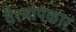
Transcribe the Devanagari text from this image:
वैश्योपकार